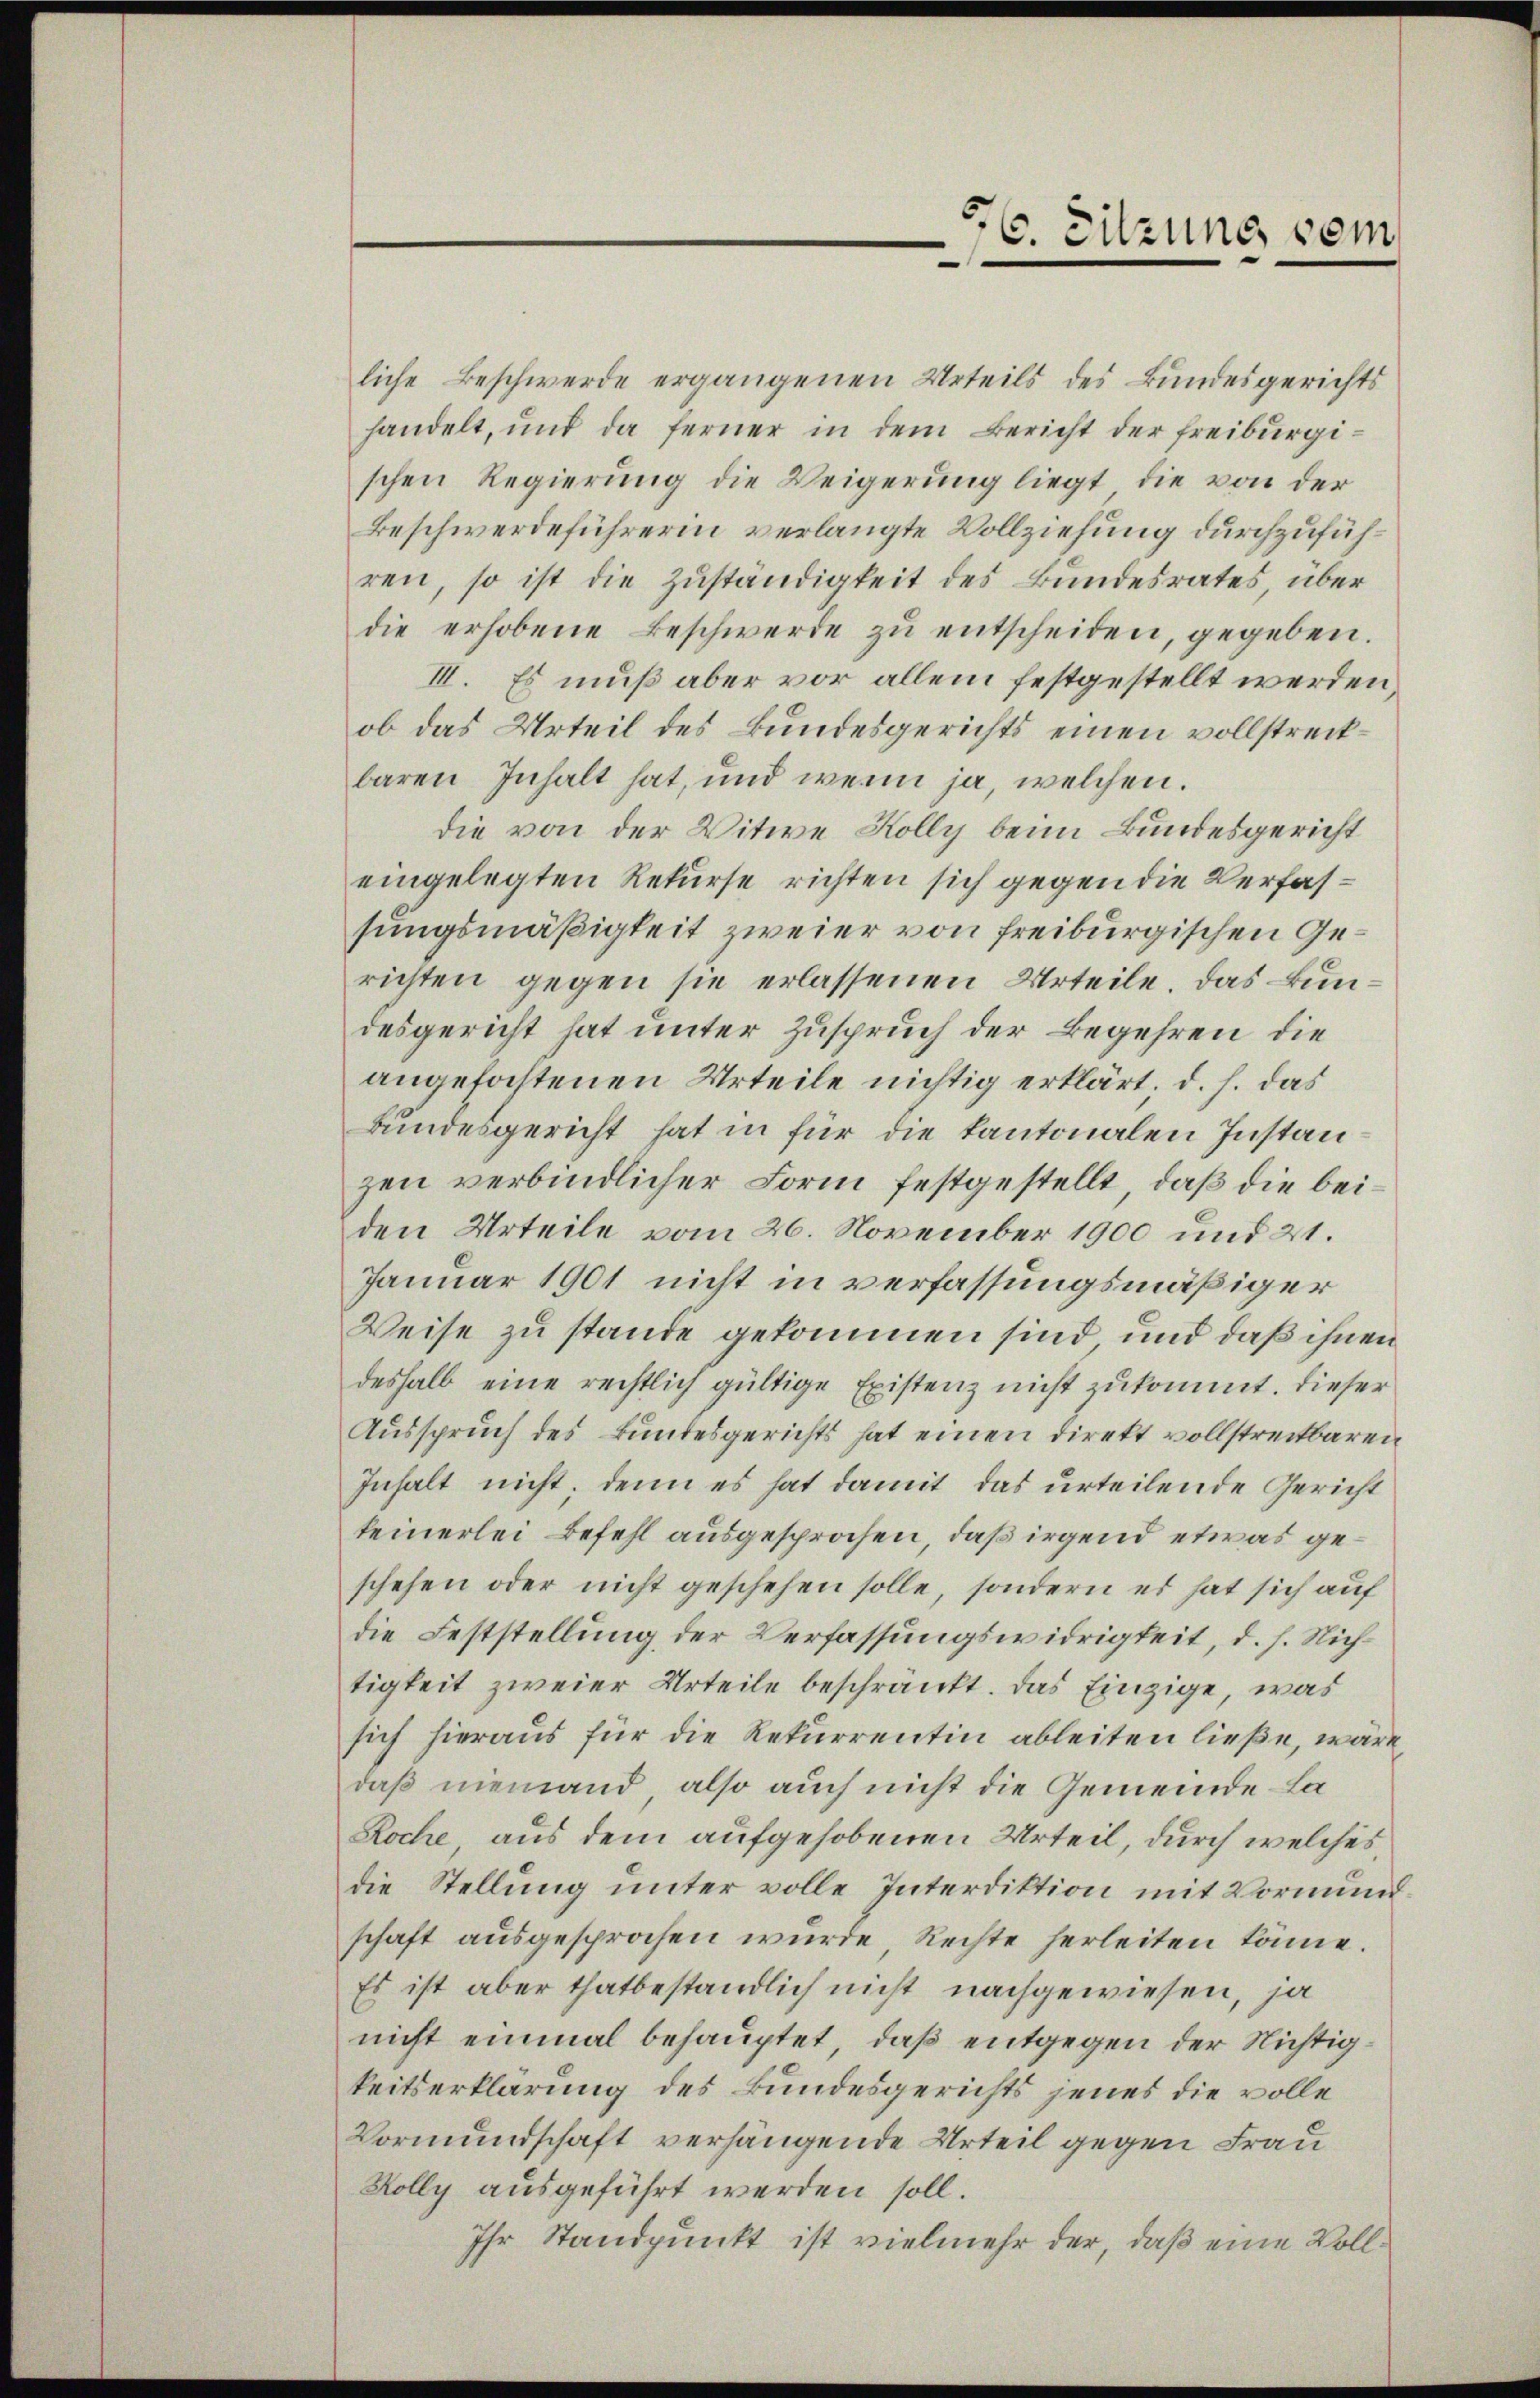
56. Sitzung vom

liche Beschwerde ergangenen Urteils des Bundesgerichts
handelt, und da ferner in dem Bericht der Freiburgischen Regierung die Weigerung liegt, die von der
Beschwerdeführerin verlangte Vollziehung durchzuführen, so ist die Zuständigkeit des Bundesrates, über
die erhobene Beschwerde zu entscheiden, gegeben.
III. Es muß aber vor allein festgestellt werden,
ob das Urteil des Bundesgerichts einen vollstreckbaren Inhalt hat, und wenn ja, welchen.
die von der Witwe Kolly beim Bundesgericht
eingelegten Rekurse richten sich gegen die Verfassungsmäßigkeit zweier von freiburgischen Gerichten gegen sie erlassenen Urteile. Das Bundesgericht hat unter Zuspruch der Begehren die
angefochtenen Urteile nichtig erklärt. d. h. das
Bundesgericht hat in für die Kantonalen Instan
zen verbindlicher Form festgestellt, daß die beiden Urteile vom 26. November 1900 und 21.
Januar 1901 nicht in verfassungsmäßiger
Weise zu stande gekommen sind, und daß ihnen
deshalb eine rechtlich gültige Existenz nicht zukommt. Dieser
Ausspruch des Bundesgerichts hat einen direkt vollstreitbaren
Inhalt nicht, denn es hat damit das urteilende Gericht
keinerlei Befehl ausgesprochen, daß irgend etwas geschehen oder nicht geschehen solle, sondern es hat sich auf
die Feststellung der Verfassungswidrigkeit, d. h. Nich
tigkeit zweier Urteile beschränkt. Das Einzige, was
sich hieraus für die Rekurrentin ableiten ließe, wäre
daß niemand, also auch nicht die Gemeinde La¬
Roche aus dem aufgehobenen Urteil, durch welches,
die Stellung unter volle Interdiktion mit Vormundschaft ausgesprochen wurde Rechte herleiten könne.
Es ist aber thatbeständlich nicht nachgewiesen, ja
nicht einmal behauptet, daß entgegen der Nichtigkeitserklärung des Bundesgerichts jenes die volle
Vormundschaft verhängende Urteil gegen Frau
Kolly ausgeführt werden soll.
Ihr Standpunkt ist vielmehr der, daß eine Voll¬